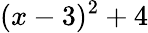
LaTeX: (x-3)^{2}+4